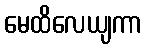
မေထိလေယျကာ